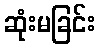
ဆုံးမခြင်း